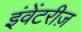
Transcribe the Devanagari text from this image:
इंवेंटरीज़